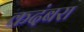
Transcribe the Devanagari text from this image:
कदंबरा